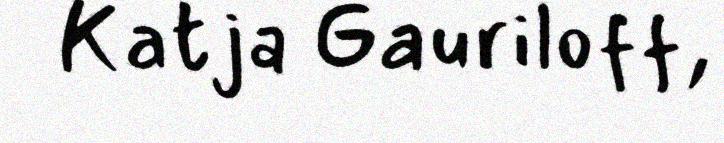
Katja Gauriloff,